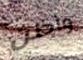
وأظن